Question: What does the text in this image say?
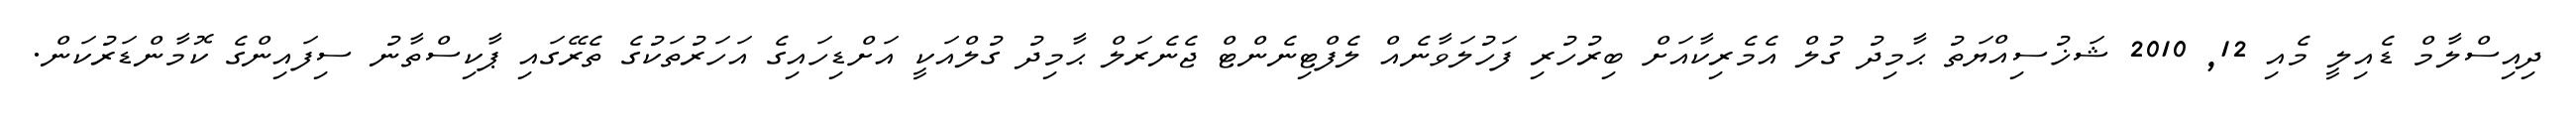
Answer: ދިއިސްލާމް ޑެއިލީ މެއި 12, 2010 ޝަޚުސިއްޔަތު ޙާމިދު ގުލް އެމެރިކާއަށް ބިރުހުރި ފަހުލަވާނެއް ލެފްޓިނެންޓް ޖެނެރަލް ޙާމިދު ގުލްއަކީ އަށްޑިހައިގެ އަހަރުތަކުގެ ތެރޭގައި ޕާކިސްތާނު ސިފައިންގެ ކޮމާންޑަރުކަން.